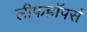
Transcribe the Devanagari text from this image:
लीफहॉपर्स